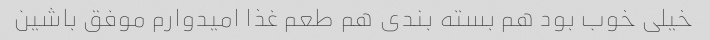
خیلی خوب بود هم بسته بندی هم طعم غذا امیدوارم موفق باشین